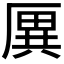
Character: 𠪙